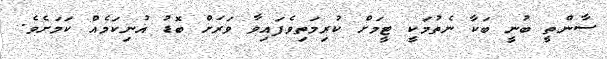
ސާންތީ ބުނީ ބަކާ ނެތުމަކީ ޓީމަށް ކުރިމަތިވެފައިވާ ވަރަށް ބޮޑު އުނިކަމެއް ކަމަށެވެ.